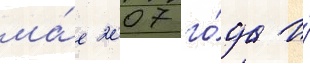
ма́е 2007 го́да и́